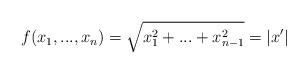
LaTeX: \begin{align*}f(x_1,...,x_n)=\sqrt{x_1^2+...+x_{n-1}^2}=|x'|\end{align*}